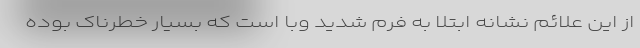
از این علائم نشانه ابتلا به فرم شدید وبا است که بسیار خطرناک بوده